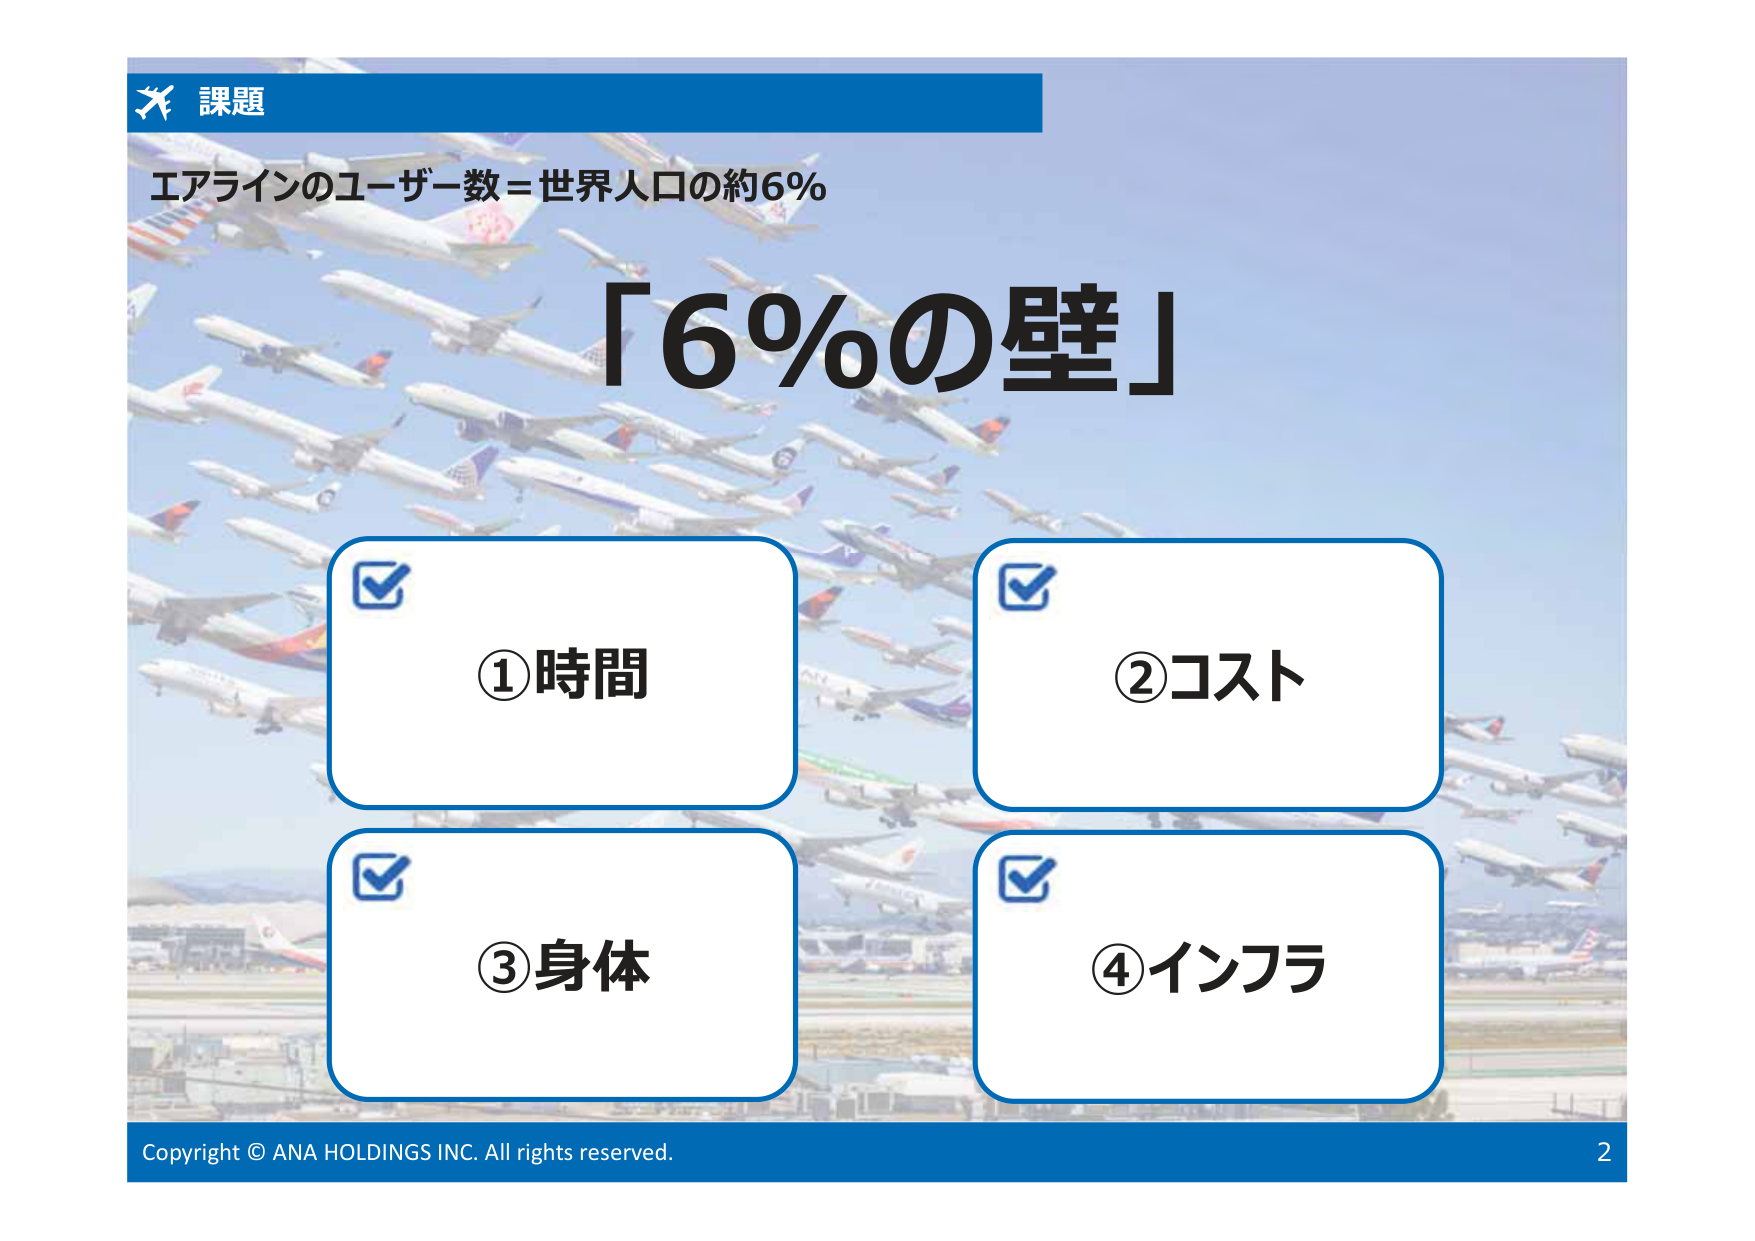
課題
エアラインのユーザー数＝世界人口の約6％
「6％の壁」
①時間
②コスト
③身体
④インフラ
Copyright © ANA HOLDINGS INC. All rights reserved.
2